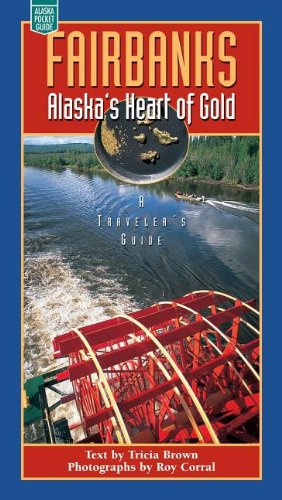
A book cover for Fairbanks: Alaska's Heart of Gold; Tricia Brown; Travel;